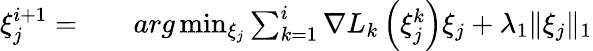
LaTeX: \begin{array}{rlr}{\xi_{j}^{i+1}=}&{{}}&{arg\operatorname*{min}_{\xi_{j}}\sum_{k=1}^{i}{\nabla L}_{k}\left(\xi_{j}^{k}\right)\xi_{j}+\lambda_{1}\| \xi_{j}\| _{1}}\end{array}